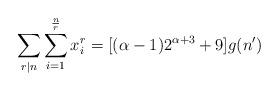
LaTeX: \begin{align*}\sum_{r|n}\sum_{i=1}^{\frac{n}{r}}x_i^r=[(\alpha-1)2^{\alpha+3}+9] g(n')\end{align*}